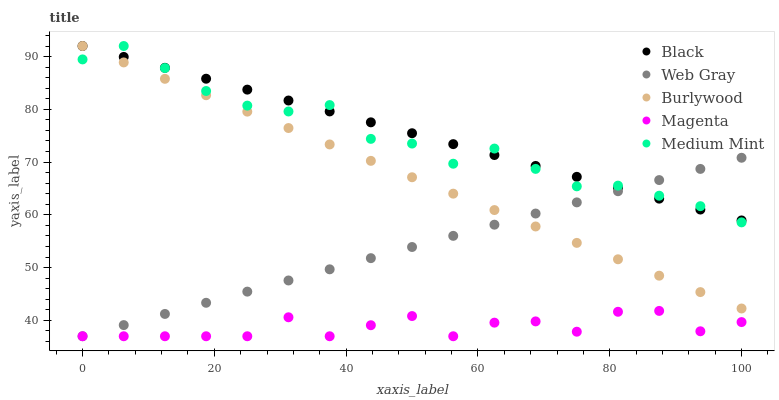
| xaxis_label | Black | Web Gray | Burlywood | Magenta | Medium Mint |
 | --- | --- | --- | --- | --- | --- |
 | 0 | 92 | 37 | 92 | 37 | 89.5 |
 | 6.25 | 89.9 | 39.1 | 88.9 | 37 | 92 |
 | 12.5 | 87.9 | 41.2 | 85.8 | 37 | 87.8 |
 | 18.8 | 85.8 | 43.3 | 82.7 | 37 | 83.5 |
 | 25 | 83.7 | 45.5 | 79.6 | 37 | 80.7 |
 | 31.2 | 81.7 | 47.6 | 76.5 | 40.6 | 79.6 |
 | 37.5 | 79.6 | 49.7 | 73.3 | 37 | 80.8 |
 | 43.8 | 77.5 | 51.8 | 70.2 | 39.1 | 74.4 |
 | 50 | 75.5 | 53.9 | 67.1 | 40.8 | 73.5 |
 | 56.2 | 73.4 | 56 | 64 | 37 | 69.7 |
 | 62.5 | 71.3 | 58.1 | 60.9 | 39.6 | 72.6 |
 | 68.8 | 69.3 | 60.3 | 57.8 | 39.8 | 68.7 |
 | 75 | 67.2 | 62.4 | 54.7 | 37.9 | 65.4 |
 | 81.2 | 65.1 | 64.5 | 51.6 | 41.6 | 65.5 |
 | 87.5 | 63.1 | 66.6 | 48.5 | 41.8 | 63.6 |
 | 93.8 | 61 | 68.7 | 45.4 | 37.9 | 61.7 |
 | 100 | 58.9 | 70.8 | 42.3 | 39.7 | 58.6 |